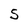
Character: S